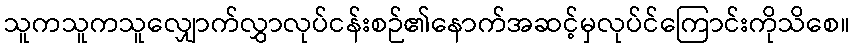
သူကသူကသူလျှောက်လွှာလုပ်ငန်းစဉ်၏နောက်အဆင့်မှလုပ်င်ကြောင်းကိုသိစေ။